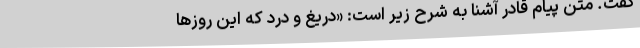
گفت. متن پیام قادر آشنا به شرح زیر است: «دریغ و درد که این روزها